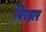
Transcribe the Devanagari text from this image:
निरहार